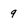
Character: 9